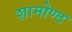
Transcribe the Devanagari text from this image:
शामोण्ट